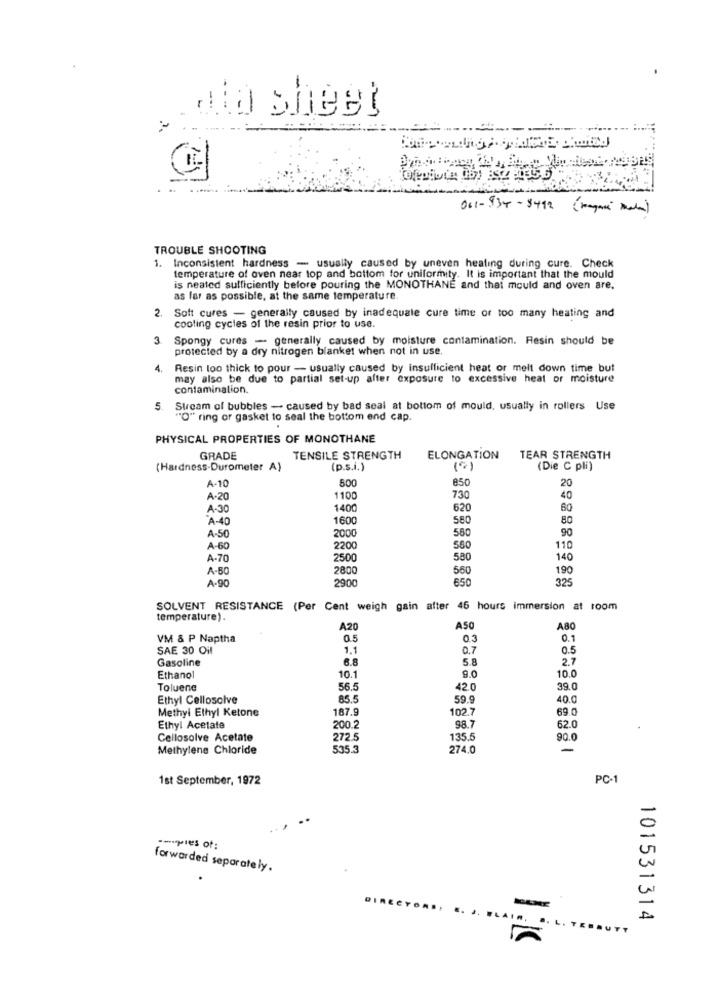
dla sheet
061-934-8492 ( magnus Mala)
TROUBLE SHOOTING
1. Inconsistent hardness - usually caused by uneven heating during cure. Check
temperature of oven near top and bottom for uniformity. It is important that the mould
is neated sufficiently before pouring the MONOTHANE and that mould and oven are.
as far as possible, at the same temperature.
2.
Soft cures - generally caused by inadequate cure time or too many heating and
cooling cycles of the resin prior to use.
3
Spongy cures - generally caused by moisture contamination. Resin should be
protected by a dry nitrogen blanket when not in use.
4.
Resin loo thick to pour - usually caused by insufficient heat or melt down time but
may also be due to partial set-up after exposure to excessive heat or moisture
contamination.
. Stream of bubbles - caused by bad seal at bottom of mould, usually in rollers Use
"O" ring or gasket to seal the bottom end cap.
PHYSICAL PROPERTIES OF MONOTHANE
GRADE
TENSILE STRENGTH
ELONGATION
TEAR STRENGTH
(Hardness-Durometer A)
(p.s.i.)
(Die C pli)
500
850
20
A-10
A.20
1100
730
40
A-30
1400
620
60
"A-40
1600
580
80
A-50
2000
560
90
A-60
2200
560
110
A-70
2500
580
140
A-80
2800
560
190
A-90
2900
650
325
SOLVENT RESISTANCE (Per Cent weigh gain after 46 hours immersion at room
temperature).
A20
ASO
A80
VM & P Naptha
0.5
0.3
0.1
SAE 30 Oil
1.1
0.7
0.5
Gasoline
6.8
5.8
2.7
9.0
Ethanol
10.1
10.0
Toluene
56.5
42.0
39.0
Ethyl Cellosolve
85.5
59.9
40.0
Methyl Ethyl Ketone
187.9
102.7
69.0
Ethyl Acetate
200.2
98.7
62.0
Cellosolve Acetate
272.5
135.5
90.0
Methylene Chloride
535.3
274.0
-
1st September, 1972
PC-1
forwarded separately.
101531314
DIRECTORS. E. J. ELAIN. .. L. TEBRUTT